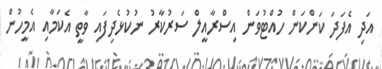
އަދި އެފަދަ ކަންކަން ހުއްޓުވަން އިސްރާއީލް ސަރުކާރު ނުކުޅެދިފައި ވާތީ އެކަމާއި އެމީހުން